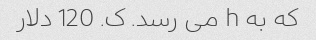
که به h می رسد. ک. 120 دلار